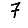
Digit: 7